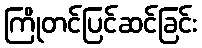
ကြိုတင်ပြင်ဆင်ခြင်း